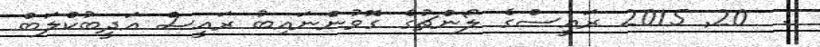
:  20